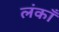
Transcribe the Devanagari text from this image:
लंकाँ